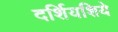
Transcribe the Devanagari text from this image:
दर्शियशिये